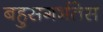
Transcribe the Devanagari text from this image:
बहुसगर्भतेस